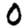
Digit: 0